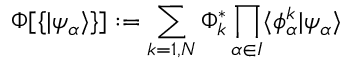
\Phi [ \{ \vert \psi _ { \alpha } \rangle \} ] : = \sum _ { k = 1 , N } \Phi _ { k } ^ { * } \prod _ { \alpha \in I } \langle \phi _ { \alpha } ^ { k } \vert \psi _ { \alpha } \rangle